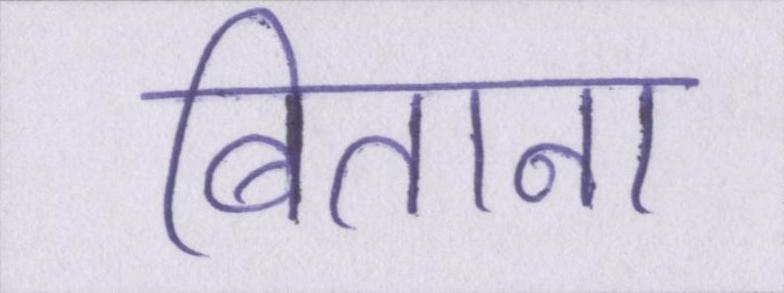
बिताना